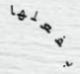
بفعلها